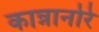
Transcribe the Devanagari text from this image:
कान्नानोरे